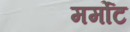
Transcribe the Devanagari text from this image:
मर्मोट